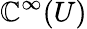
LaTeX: \mathbb{C}^{\infty}(U)